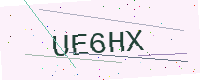
Text: UE6HX